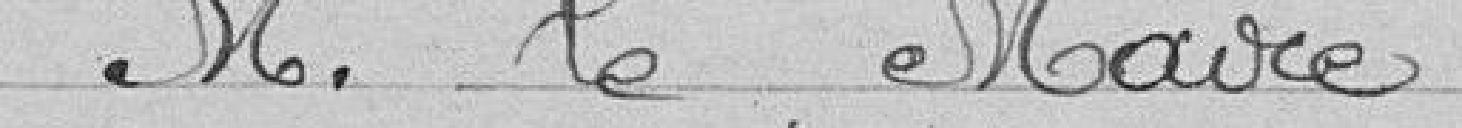
Monsieur Le Maire